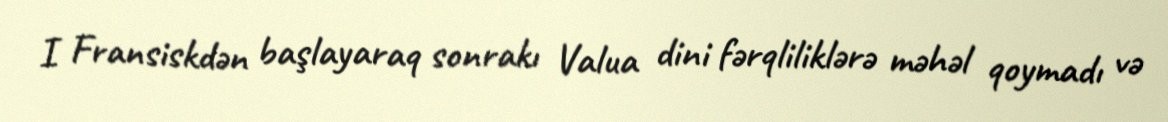
I Fransiskdən başlayaraq sonrakı Valua dini fərqliliklərə məhəl qoymadı və